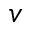
v